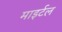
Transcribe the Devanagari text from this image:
माइर्टल